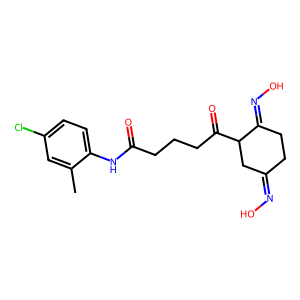
SMILES: Cc1cc(Cl)ccc1NC(=O)CCCC(=O)C1CC(=NO)CCC1=NO
Inhibits HIV replication: No